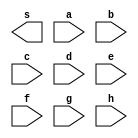
//------------------------------
// Extra guia 1
// Luiz Marques de Oliveira
// 417138
// -----------------------------

module extra1(output s, input a,input b,input c,input d,input e ,input f,input g,input h);

endmodule


module testextra1;
reg a,b,c,d,e,f,g,h;
wire s;

nand NAND1(s,a,b,c,d,e,f,g,h);

initial begin:start

a=0; b=0;c=0; d=0;e=0; f=0;g=0; h=0;

end


initial begin:main

$display("Extra 1 - Luiz Marques de olveira - 417138");
$display("PORTA NAND 1 BYTE");
$display("a  b  c  d  e  f  g  h = s");
$monitor("%b  %b  %b  %b  %b  %b  %b  %b  = %b",a,b,c,d,e,f,g,h,s);


#1 a=0; b=0;c=0; d=0;e=0; f=0;g=0; h=1;

end
	
	endmodule // extra1